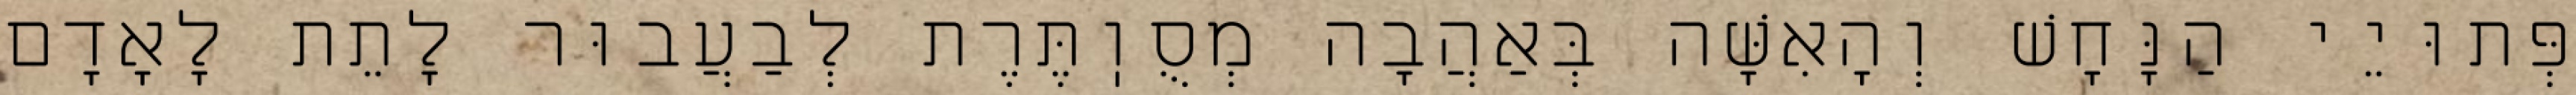
פְּתוּיֵי הַנָּחָשׁ וְהָאִשָּׁה בְּאַהֲבָה מְסֻוֽתֶּרֶת לְבַעֲבוּר לָתֵת לָאָדָם